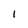
Character: 1